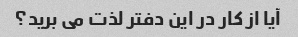
آیا از کار در این دفتر لذت می برید؟